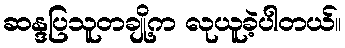
ဆန္ဒပြသူတချို့က လုယူခဲ့ပါတယ်။